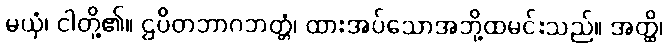
မယှံ၊ ငါတို့၏။ ဌပိတဘာဂဘတ္တံ၊ ထားအပ်သောအဘို့ထမင်းသည်။ အတ္ထိ၊